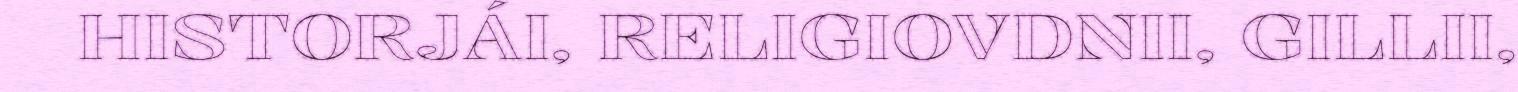
HISTORJÁI, RELIGIOVDNII, GILLII,